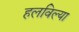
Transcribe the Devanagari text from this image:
हलविल्या